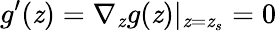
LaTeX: g^{\prime}(\mathit{z})=\nabla_{\mathit{z}}g(\mathit{z})|_{\mathit{z}=\mathit{z}_{s}}=0